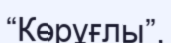
“Көрұғлы”,